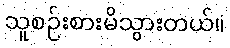
သူစဉ်းစားမိသွားတယ်။